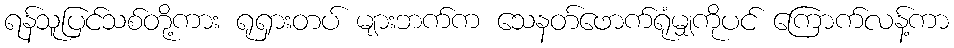
ရန်သူပြင်သစ်တို့ကား ရုရှားတပ် များဘက်က သေနတ်ဖောက်ရုံမျှကိုပင် ကြောက်လန့်ကာ